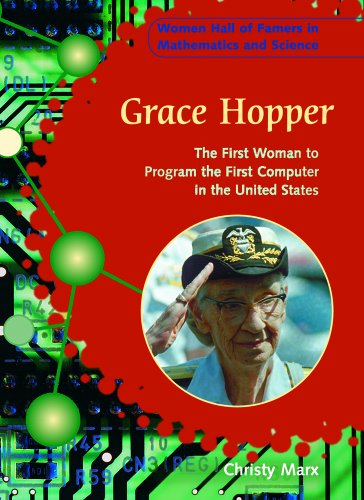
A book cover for Grace Hopper: The First Woman to Program the First Computer in the United States (Women Hall of Famers in Mathematics and Science); Christy Marx; Children's Books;